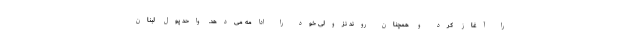
را آغاز کرد و همچنان روند نزولی خود را ادامه می‌دهد. واحد پول لبنان